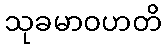
သုခမာဝဟတိ